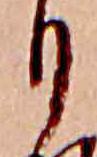
り